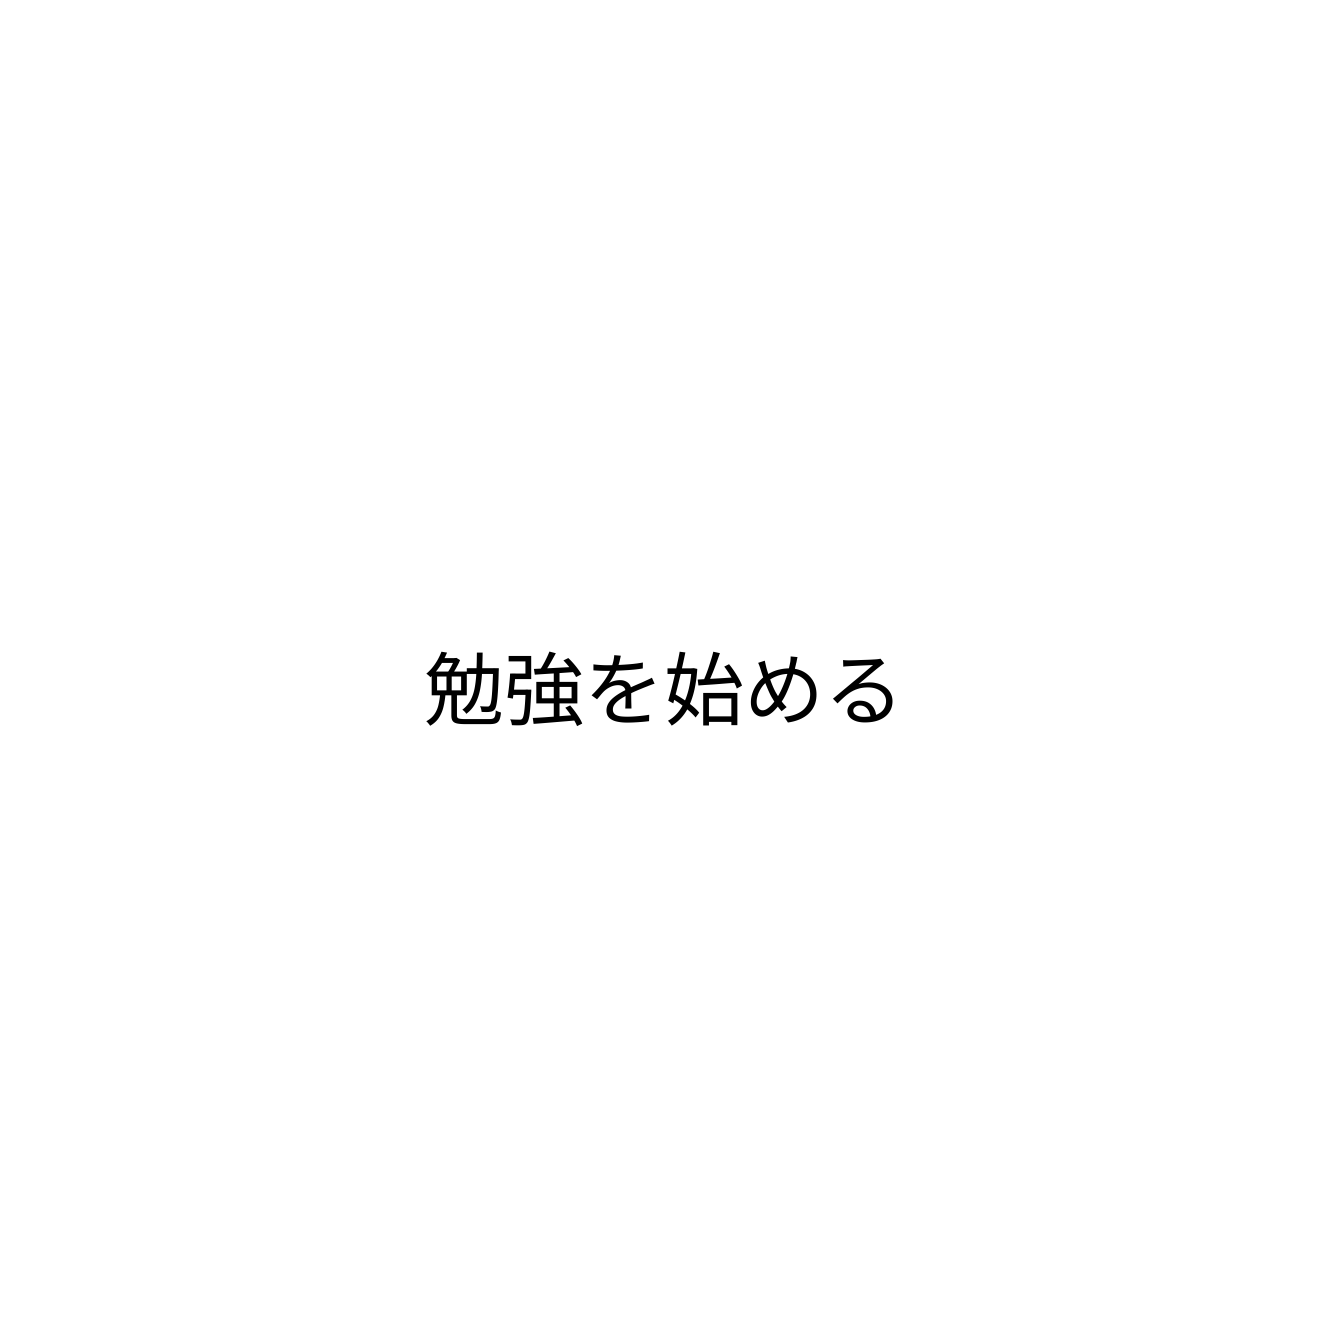
勉強を始める